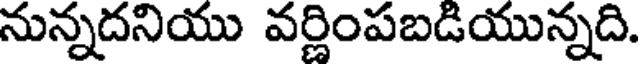
నున్నదనియు వర్ణింపబడియున్నది.